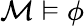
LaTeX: {\mathcal{M}}\vDash\phi